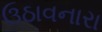
ઉઠાવનારા